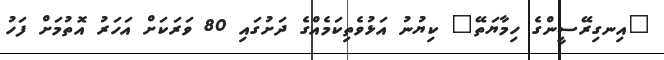
"އިނގިރޭސީންގެ ހިމާޔަތޭ" ކިޔުނު އަޅުވެތިކަމެއްގެ ދަށުގައި 80 ވަރަކަށް އަހަރު އޮތުމަށް ފަހު